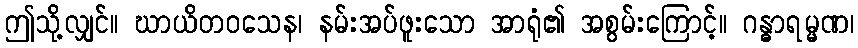
ဤသို့လျှင်။ ဃာယိတဝသေန၊ နမ်းအပ်ဖူးသော အာရုံ၏ အစွမ်းကြောင့်။ ဂန္ဓာရမ္မဏ၊